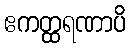
ဧကတ္ထရဏာပိ